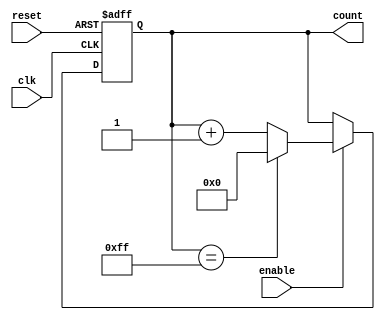
module BinaryUpCounterWithEnable(
    input wire clk,
    input wire reset,
    input wire enable,
    output reg [N-1:0] count
);

parameter N = 8; // Number of bits in the counter

always @(posedge clk or posedge reset) begin
    if(reset) begin
        count <= 0;
    end else begin
        if(enable) begin
            if(count == (2**N - 1)) begin
                count <= 0;
            end else begin
                count <= count + 1;
            end
        end
    end
end

endmodule